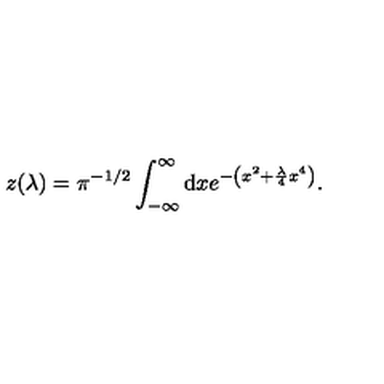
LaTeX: z ( \lambda ) = \pi ^ { - 1 / 2 } \int _ { - \infty } ^ { \infty } \mathrm { d } x e ^ { - \left( x ^ { 2 } + { \frac { \lambda } { 4 } } x ^ { 4 } \right) } .